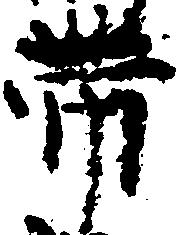
帯